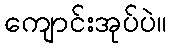
ကျောင်းအုပ်ပဲ။